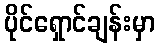
ပိုင်ရှောင်ချန်းမှာ